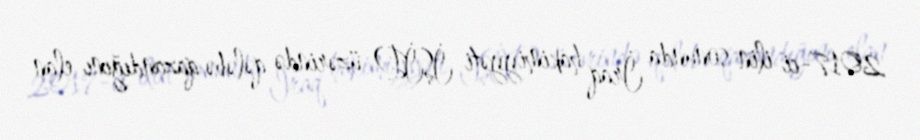
2017-ci ilin sonunda İraq hakimiyyəti İŞİD üzərində qələbə qazandığını elan